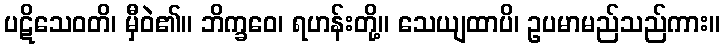
ပဋိသေဝတိ၊ မှီဝဲ၏။ ဘိက္ခဝေ၊ ရဟန်းတို့။ သေယျထာပိ၊ ဥပမာမည်သည်ကား။